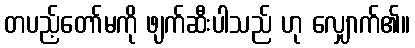
တပည့်တော်မကို ဖျက်ဆီးပါသည် ဟု လျှောက်၏။